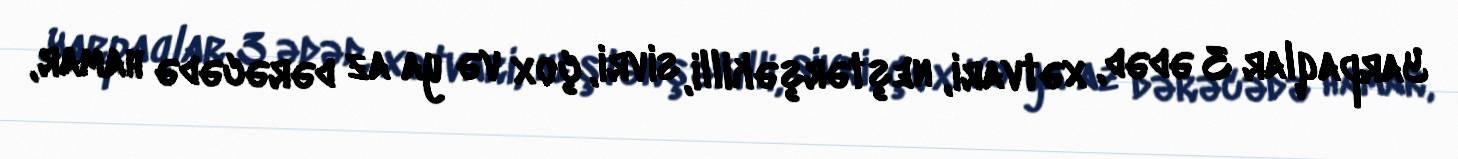
Yarpaqlar 3 ədəd, xətvari, neştərşəkilli, sivri, çox və ya az dərəcədə hamar,